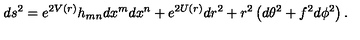
d s ^ { 2 } = e ^ { 2 V ( r ) } h _ { m n } d x ^ { m } d x ^ { n } + e ^ { 2 U ( r ) } d r ^ { 2 } + r ^ { 2 } \left( d \theta ^ { 2 } + f ^ { 2 } d \phi ^ { 2 } \right) .